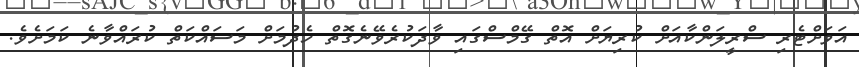
އަވަށްޓެރި ސްރީލަންކާއަށް ކުރިޔަށް އޮތް ގޭމްސްގައި ވާދަކުރެވޭނެގޮތް ހެދުމަށް މަސައްކަތް ކުރައްވާނެ ކަމަށެވެ.